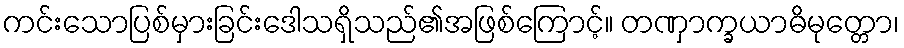
ကင်းသောပြစ်မှားခြင်းဒေါသရှိသည်၏အဖြစ်ကြောင့်။ တဏှာက္ခယာဓိမုတ္တော၊